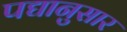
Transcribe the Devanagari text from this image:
पद्यानुसार